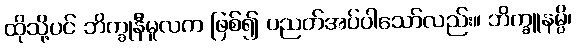
ထိုသို့ပင် ဘိက္ခုနီမူလက ဖြစ်၍ ပညတ်အပ်ပါသော်လည်း။ ဘိက္ခူနမ္ပိ၊